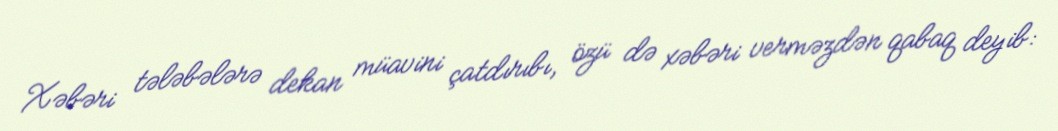
Xəbəri tələbələrə dekan müavini çatdırıbı, özü də xəbəri verməzdən qabaq deyib: